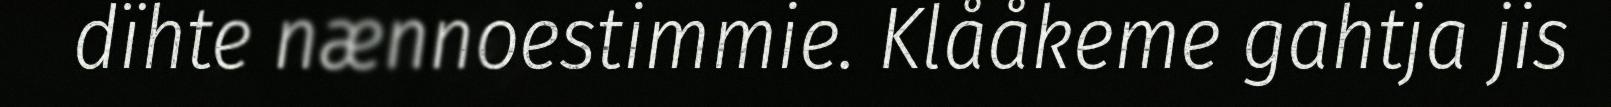
dïhte nænnoestimmie. Klååkeme gahtja jis